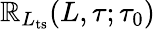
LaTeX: \mathbb{R}_{L_{\mathrm{{ts}}}}(L,\tau;\tau_{0})